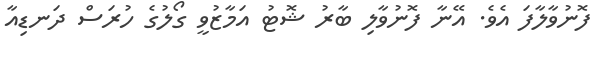
ފޮނުވާލާފަ އެވެ. އޭނާ ފޮނުވާލި ބާރު ޝޮޓު އަމާޒުވީ ގޯލުގެ ހުރަސް ދަނޑިއާ